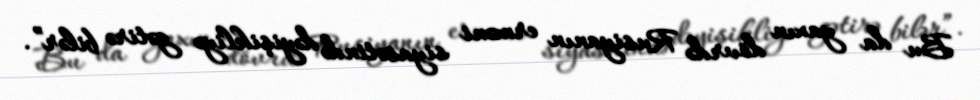
Bu da yaxın dövrdə Rusiyanın erməni siyasətində dəyişikliyə gətirə bilər”.